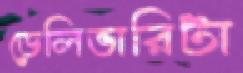
ডেলিভারিটা